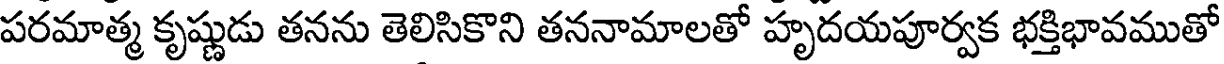
పరమాత్మ కృష్ణుడు తనను తెలిసికొని తననామాలతో హృదయపూర్వక భక్తిభావముతో